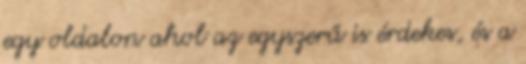
egy oldalon ahol az egyszerű is érdekes, és a